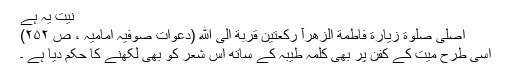
نیت یہ ہے
اُصَلِّیْ صَلوةَ زِیَارَةِ فَاطِمَةَ الزَّهرآ رَکْعَتَیْنِ قُرْبَةً اِلَی الله (دعوات صوفیہ امامیہ ، ص ۲۵۲)
اسی طرح میت کے کفن پر بھی کلمہ طیبہ کے ساتھ اس شعر کو بھی لکھنے کا حکم دیا ہے ۔